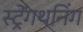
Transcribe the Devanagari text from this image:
स्ट्रेंगथनिंग